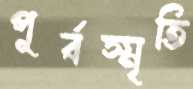
পূর্বস্মৃতি